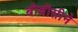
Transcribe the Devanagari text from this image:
बीबीसीने